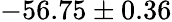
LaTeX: -56.75\pm 0.36